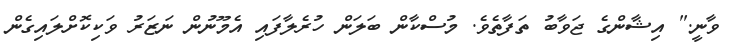
ވާނީ." އިޝާންގެ ޖަވާބު ތަފާތެވެ. މުސްކާން ބަލަން ހުރެލާފައި އެމޫނުން ނަޒަރު ވަކިކޮށްލައިގެން